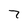
Character: 7